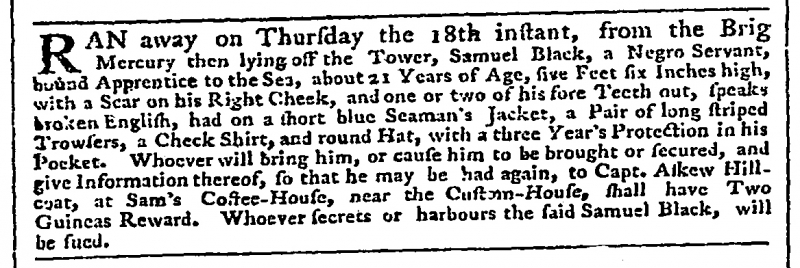
Daily Advertiser, 29 September 1777 (England)
RAN away on Thursday the 18th instant, from the Brig Mercury then lying off the Tower, Samuel Black, a Negro Servant, bound Apprentice to the Sea, about 21 Years of Age, five Feet six Inches high, with a Scar on his Right Cheek, and one or two of his fore Teeth out, speaks broken English, had on a short blue Seaman’s Jacket, a Pair of long striped Trowsers, a Check Shirt, and round Hat, with a three Year’s Protection in his Pocket. Whoever will bring him, or cause him to be brought or secured, and give Information thereof, so that he may be had again, to Capt. Askew Hillcoat, at Sam’s Coffee-House, near the Custom-House, shall have Two Guineas Reward. Whoever secrets or harbours the said Samuel Black, will be sued.